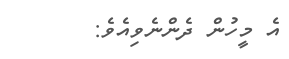
އެ މީހުން ދެންނެވިއެވެ: